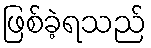
ဖြစ်ခဲ့ရသည်